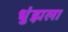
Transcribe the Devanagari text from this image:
धुंझला